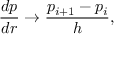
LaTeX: \frac { d p } { d r } \rightarrow \frac { p _ { i + 1 } - p _ { i } } h ,